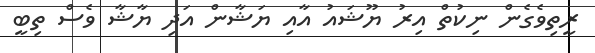
ރީތިވެގެން ނިކުތް އިރު ޔޫޝައު އާއި ޔަޝާން އަދި ޔާޝާ ވެސް ތިބީ